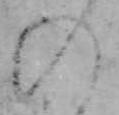
の